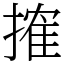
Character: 搉